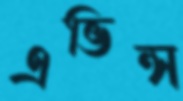
এভিন্স